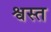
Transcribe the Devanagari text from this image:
श्वस्त